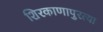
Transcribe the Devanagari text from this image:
शिरकाणापुरत्या